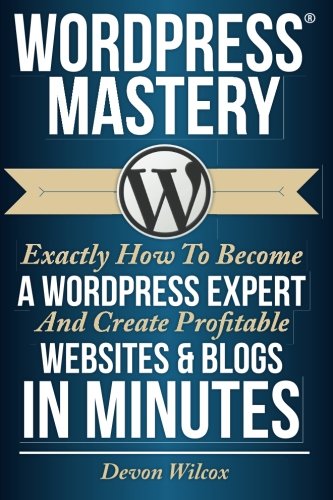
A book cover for WordPress Mastery: Exactly How To Become A WordPress Expert & Create Profitable; Devon Wilcox; Computers & Technology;